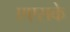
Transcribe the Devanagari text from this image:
एएसके